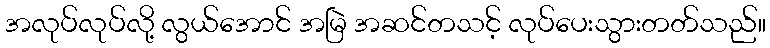
အလုပ်လုပ်လို့ လွယ်အောင် အမြဲ အဆင်တသင့် လုပ်ပေးသွားတတ်သည်။